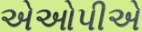
એઓપીએ